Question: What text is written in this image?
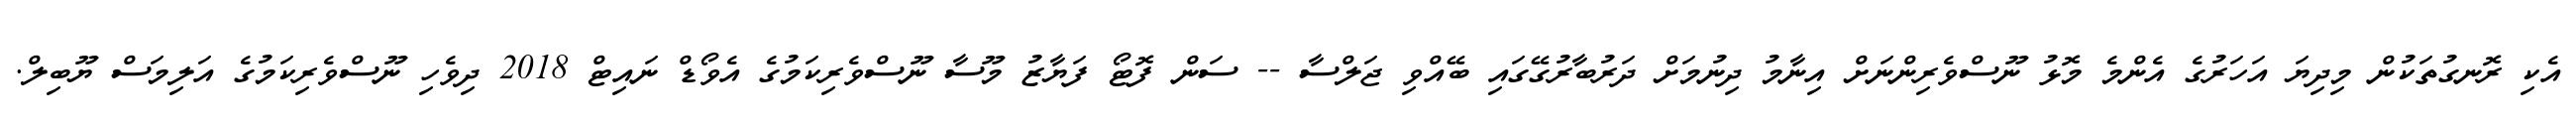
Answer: އެކި ރޮނގުތަކުން މިދިޔަ އަހަރުގެ އެންމެ މޮޅު ނޫސްވެރިންނަށް އިނާމު ދިނުމަށް ދަރުބާރުގޭގައި ބޭއްވި ޖަލްސާ -- ސަން ފޮޓޯ ފަޔާޒު މޫސާ ނޫސްވެރިކަމުގެ އެވޯޑް ނައިޓް 2018 ދިވެހި ނޫސްވެރިކަމުގެ އަލިމަސް ޔޫބިލް.